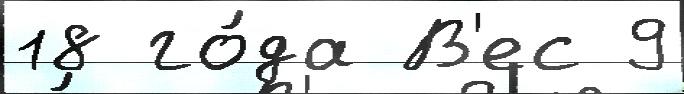
18 го́да В'ес 9